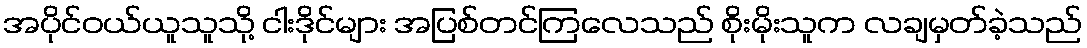
အပိုင်ဝယ်ယူသူသို့ ငါးဒိုင်များ အပြစ်တင်ကြလေသည် စိုးမိုးသူက လချမှတ်ခဲ့သည်